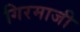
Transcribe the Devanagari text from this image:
गिरमाजी